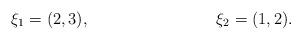
LaTeX: \begin{align*}\xi_1 &= (2,3),&\xi_2 &= (1,2).\end{align*}